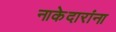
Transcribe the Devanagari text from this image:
नाकेदारांना